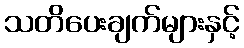
သတိပေးချက်များနှင့်